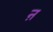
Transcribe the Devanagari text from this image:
ऩ